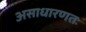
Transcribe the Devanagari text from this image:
असाधारणतः